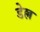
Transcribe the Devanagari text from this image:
डेल्ल